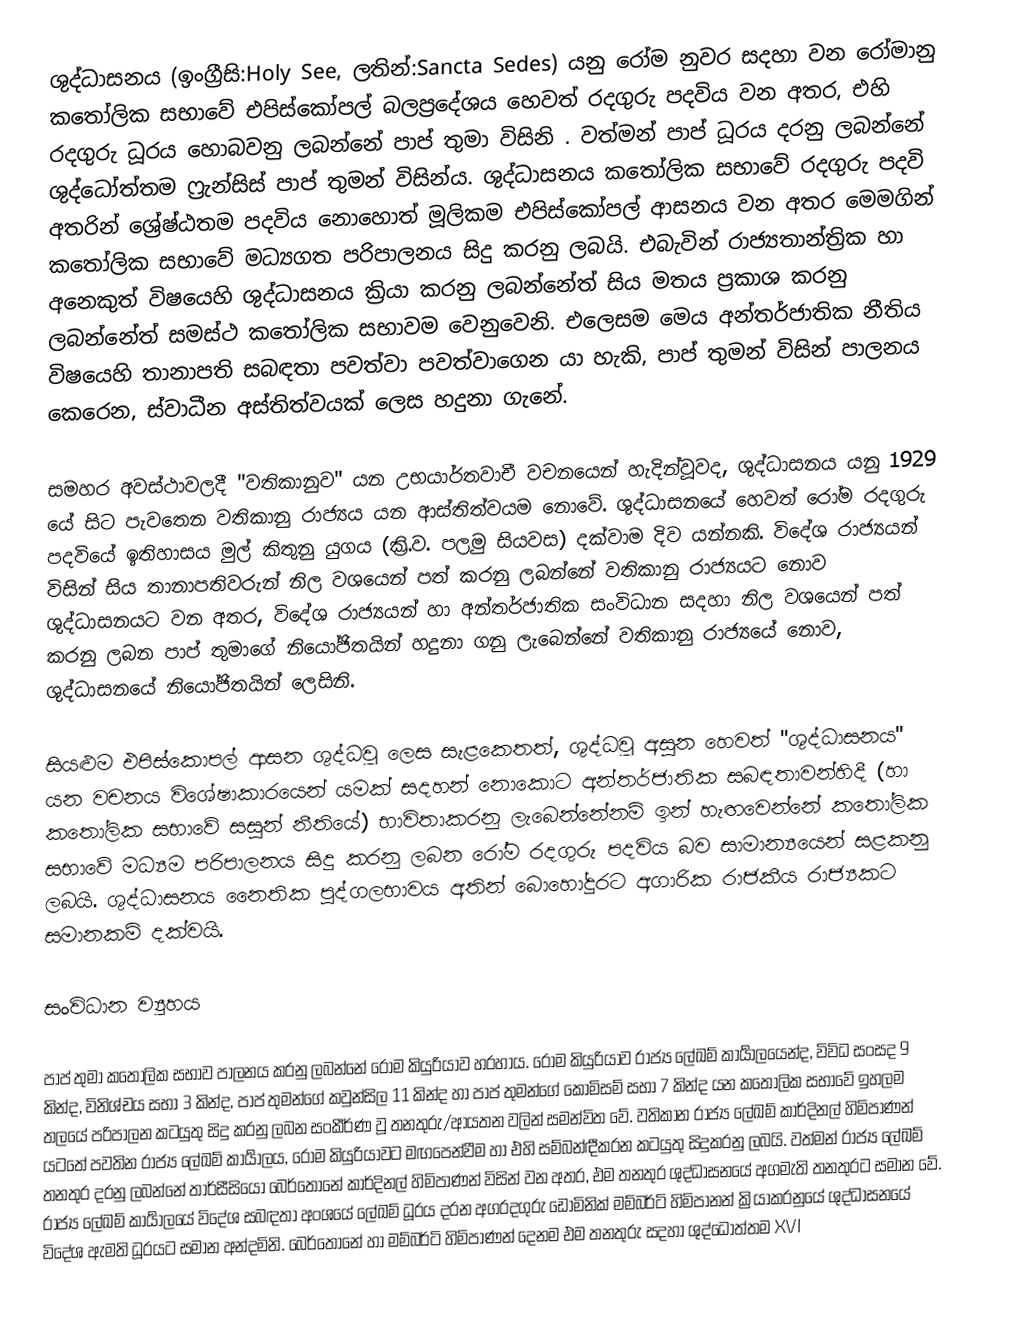
ශුද්ධාසනය (ඉංග්‍රීසි:Holy See, ලතින්:Sancta Sedes) යනු  රෝම නුවර සදහා වන රෝමානු කතෝලික සභාවේ එපිස්කෝපල් බලප්‍රදේශය හෙවත් රදගුරු පදවිය වන අතර, එහි රදගුරු ධූරය හොබවනු ලබන්නේ පාප් තුමා විසිනි . වත්මන් පාප් ධූරය දරනු ලබන්නේ ශුද්ධෝත්තම  ෆ්‍රැන්සිස් පාප් තුමන් විසින්ය.  ශුද්ධාසනය කතෝලික සභාවේ රදගුරු පදවි අතරින් ශ්‍රේෂ්ඨතම පදවිය නොහොත් මූලිකම එපිස්කෝපල් ආසනය වන අතර මෙමගින් කතෝලික සභාවේ මධ්‍යගත පරිපාලනය සිදු කරනු ලබයි. එබැවින් රාජ්‍යතාන්ත්‍රික හා අනෙකුත් විෂයෙහි ශුද්ධාසනය ක්‍රියා කරනු ලබන්නේත් සිය මතය ප්‍රකාශ කරනු ලබන්නේත් සමස්ථ කතෝලික සභාවම වෙනුවෙනි. එලෙසම මෙය අන්තර්ජාතික නීතිය විෂයෙහි තානාපති සබඳතා පවත්වා පවත්වාගෙන යා හැකි, පාප් තුමන් විසින් පාලනය කෙරෙන, ස්වාධීන අස්තිත්වයක් ලෙස හදුනා ගැනේ.

සමහර අවස්ථාවලදී "වතිකානුව" යන උභයාර්තවාචී වචනයෙන් හැදින්වූවද, ශුද්ධාසනය යනු  1929 යේ සිට පැවතෙන වතිකානු රාජ්‍යය යන ආස්තිත්වයම නොවේ. ශුද්ධාසනයේ හෙවත් රෝම රදගුරු පදවියේ ඉතිහාසය මුල් කිතුනු යුගය (ක්‍රි.ව. පලමු සියවස) දක්වාම දිව යන්නකි. විදේශ රාජ්‍යයන් විසින් සිය තානාපතිවරුන් නිල වශයෙන් පත් කරනු ලබන්නේ වතිකානු රාජ්‍යයට නොව ශුද්ධාසනයට වන අතර, විදේශ  රාජ්‍යයන් හා අන්තර්ජාතික සංවිධාන සදහා නිල වශයෙන් පත් කරනු ලබන පාප් තුමාගේ නියෝජිතයින් හදුනා ගනු ලැබෙන්නේ වතිකානු රාජ්‍යයේ නොව, ශුද්ධාසනයේ නියෝජිතයින් ලෙසිනි.

සියළුම එපිස්කොපල් ආසන ශුද්ධවූ ලෙස සැළකෙතත්, ශුද්ධවූ අසුන හෙවත් "ශුද්ධාසනය" යන වචනය විශේෂාකාරයෙන් යමක් සදහන් නොකොට අන්තර්ජාතික සබඳතාවන්හිදී (හා කතෝලික සභාවේ සසුන් නීතියේ) භාවිතාකරනු ලැබෙන්නේනම් ඉන් හැඟවෙන්නේ කතෝලික සභාවේ මධ්‍යම පරිපාලනය සිදු කරනු ලබන රෝම රදගුරු පදවිය බව සාමාන්‍යයෙන් සළකනු ලබයි. ශුද්ධාසනය නෛතික පුද්ගලභාවය අතින් බොහෝදුරට අගාරික රාජකීය රාජ්‍යකට සමානකම් දක්වයි.

සංවිධාන ව්‍යූහය

පාප් තුමා කතෝලික සභාව පාලනය කරනු ලබන්නේ රෝම කියුරියාව හරහාය. රෝම කියුරියාව රාජ්‍ය ලේඛම් කාර්‍යාලයෙන්ද, විවිධ සංසද 9 කින්ද, විනිශ්චය සභා 3 කින්ද, පාප් තුමන්ගේ කවුන්සිල 11 කින්ද හා පාප් තුමන්ගේ කොමිසම් සභා 7 කින්ද යන කතෝලික සභාවේ ඉහලම තලයේ පරිපාලන කටයුතු සිදු කරනු ලබන සංකීර්ණ වූ තනතුරු/ආයතන  වලින් සමන්විත වේ. වතිකාන රාජ්‍ය ලේඛම් කාර්දිනල් හිමිපාණන් යටතේ පවතින රාජ්‍ය ලේඛම් කාර්‍යාලය, රෝම කියුරියාවට මඟපෙන්වීම හා එහි සම්බන්ඳීකරන කටයුතු සිදුකරනු ලබයි. වත්මන් රාජ්‍ය ලේඛම් තනතුර දරනු ලබන්නේ තාර්සීසියෝ බෙර්තොනේ කාර්දිනල් හිමිපාණන් විසින් වන අතර, එම තනතුර ශුද්ධාසනයේ අගමැති තනතුරට සමාන වේ. රාජ්‍ය ලේඛම් කාර්‍යාලයේ විදේශ සබඳතා අංශයේ ලේඛම් ධූරය දරන අගරදගුරු ඩොමිනික් මම්බර්ටි හිමිපානන් ක්‍රියාකරනුයේ ශුද්ධාසනයේ විදේශ ඇමති ධූරයට සමාන අන්දමිනි. බෙර්තොනේ හා මම්බර්ටි හිමිපාණන් දෙනම එම තනතුරු සදහා ශුද්ධෝත්තම  XVI